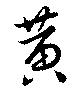
黄